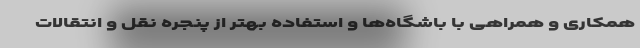
همکاری و همراهی با باشگاه‌ها و استفاده بهتر از پنجره نقل و انتقالات